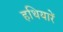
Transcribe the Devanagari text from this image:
हथियारें